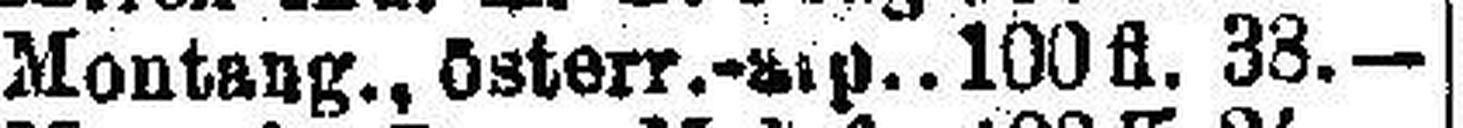
Montang., österr.-dip. 100 fl. 38.—